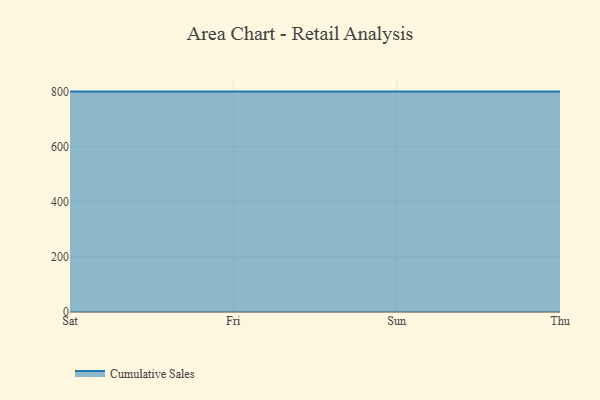
{"axis": {"x": "Day", "y": "Satisfaction Score"}, "legend": ["Cumulative Sales"], "data": [{"x": "Sat", "y": 800, "type": "Cumulative Sales"}, {"x": "Fri", "y": 800, "type": "Cumulative Sales"}, {"x": "Sun", "y": 800, "type": "Cumulative Sales"}, {"x": "Thu", "y": 800, "type": "Cumulative Sales"}]}